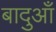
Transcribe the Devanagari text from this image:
बादुआँ